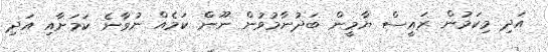
އަދި މިކަމުން ރައީސް ޔާމީން ބަދުނާމުވުން ނޫން ކަމެއް ނުވާނެ ކަމަށާއި އަދި